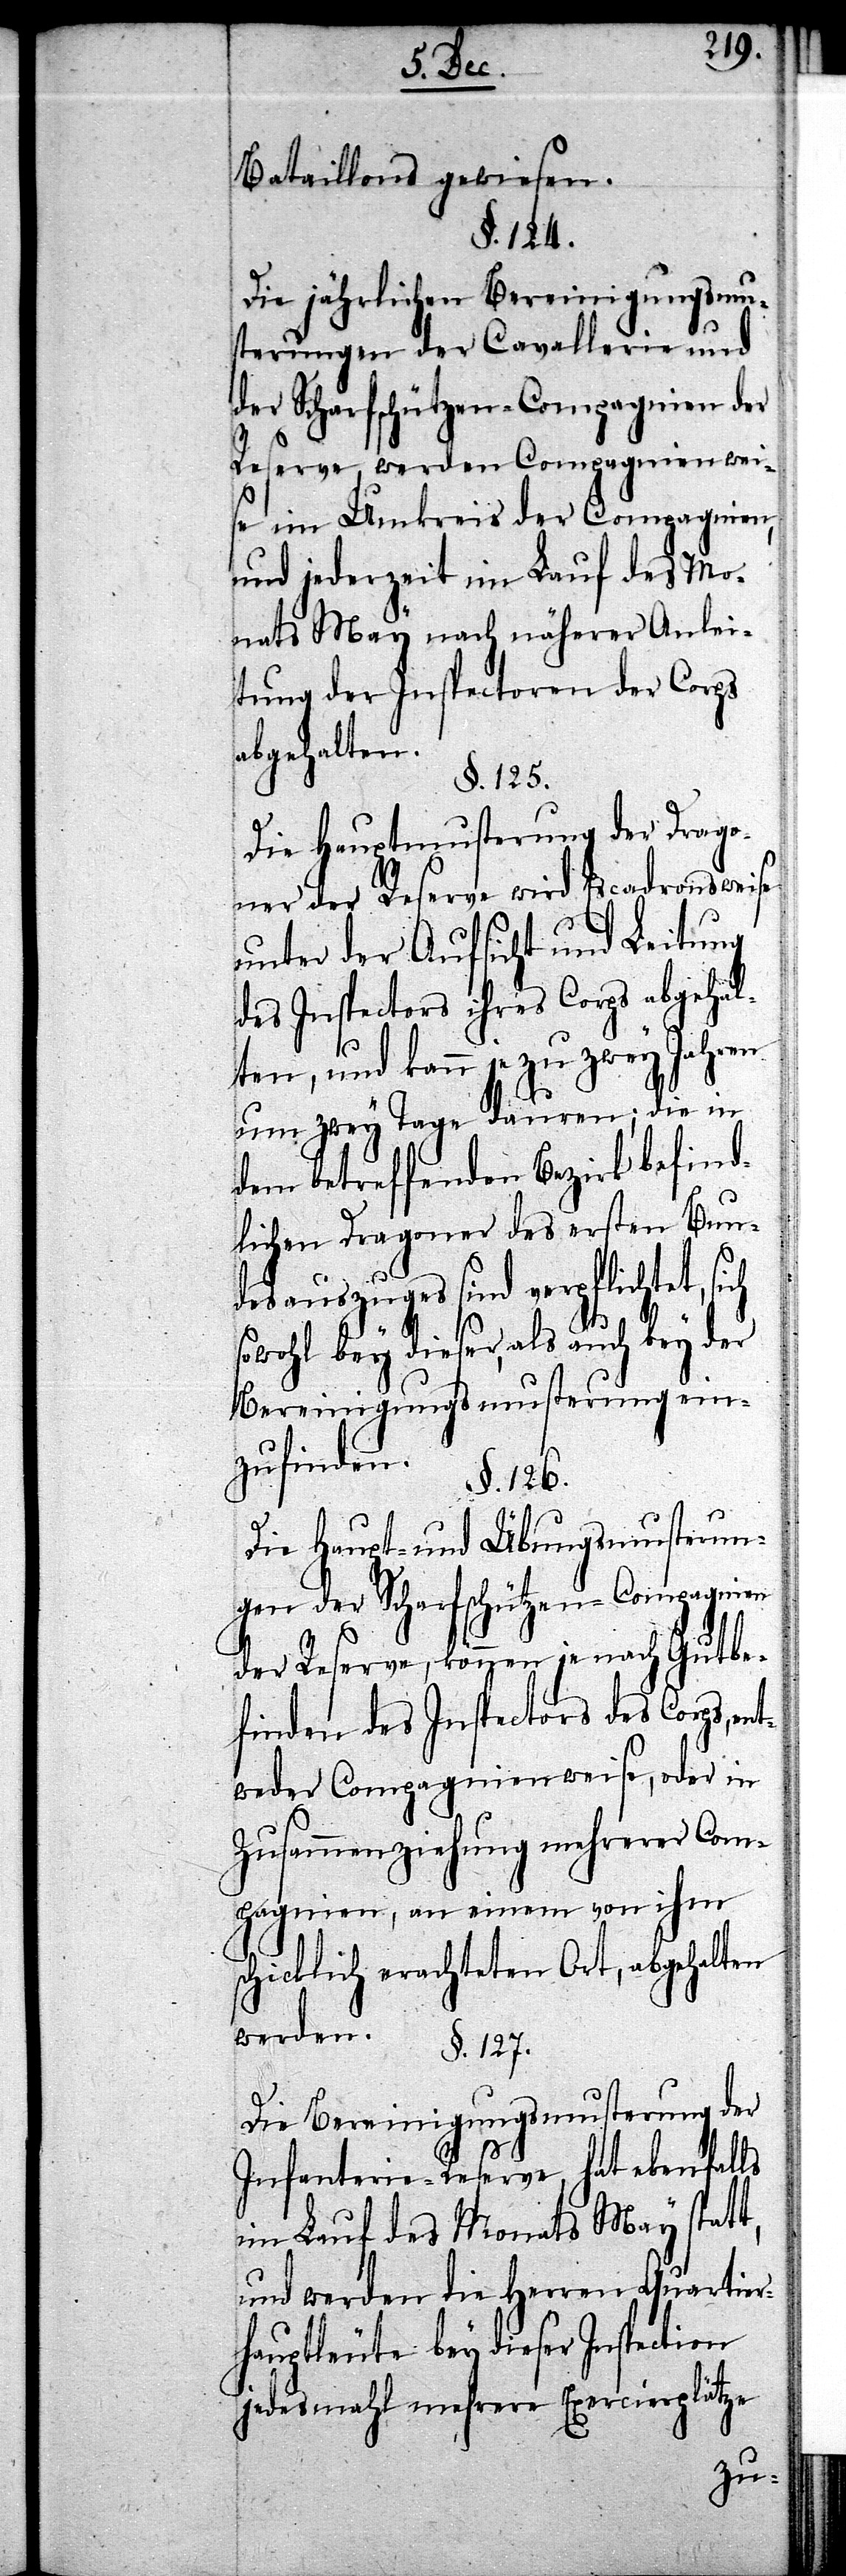
Bataillons gewiesen.
§. 124.
Die jährlichen Bereinigungsmu¬
sterungen der Cavallerie und
der Scharfschützen-Compagnien der
Reserve, werden Compagnien wei¬
se im Umkreis der Compagnien,
und jederzeit im Lauf des Mo¬
nats May nach näherer Anlei¬
tung der Inspectoren der Corps
abgehalten.
§. 125.
Die Hauptmusterung der Drago¬
ner der Reserve wird Escadronsweise
unter der Aufsicht und Leitung
des Inspectors ihres Corps abgehal¬
ten, und kann je zu zwey Jahren
um zwey Tage dauern; die in
dem betreffenden Bezirk befind¬
lichen Dragoner des ersten Bun¬
desauszuges sind verpflichtet,
sowohl bey dieser, als auch bey der
Bereinigungsmusterung ein¬
zufinden.
§. 126.
Die Haupt- und Übungsmusterun¬
gen der Scharfschützen-Compagnien
der Reserve, können je nach Gutbe¬
finden des Inspectors des Corps, e¬
ntweder Compagnienweise, oder in
Zusammenziehung mehrerer Com¬
pagnien, an einem von ihm
schicklich erachteten Ort, abgehalten
werden.
§. 127.
Die Bereinigungsmusterung der
Infanterie-Reserve, hat ebenfalls
im Lauf des Monats May statt,
und werden die Herren Quartier¬
hauptleute bey dieser Inspection
jedesmahl mehrere Exercierplätze